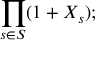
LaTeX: \prod _ { s \in S } ( 1 + X _ { s } ) ;